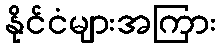
နိုင်ငံများအကြား